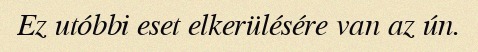
Ez utóbbi eset elkerülésére van az ún.